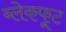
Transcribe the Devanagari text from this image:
ब्लेकफूट